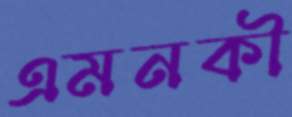
এমনকী